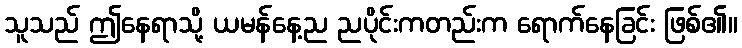
သူသည် ဤနေရာသို့ ယမန်နေ့ည ညပိုင်းကတည်းက ရောက်နေခြင်း ဖြစ်၏။